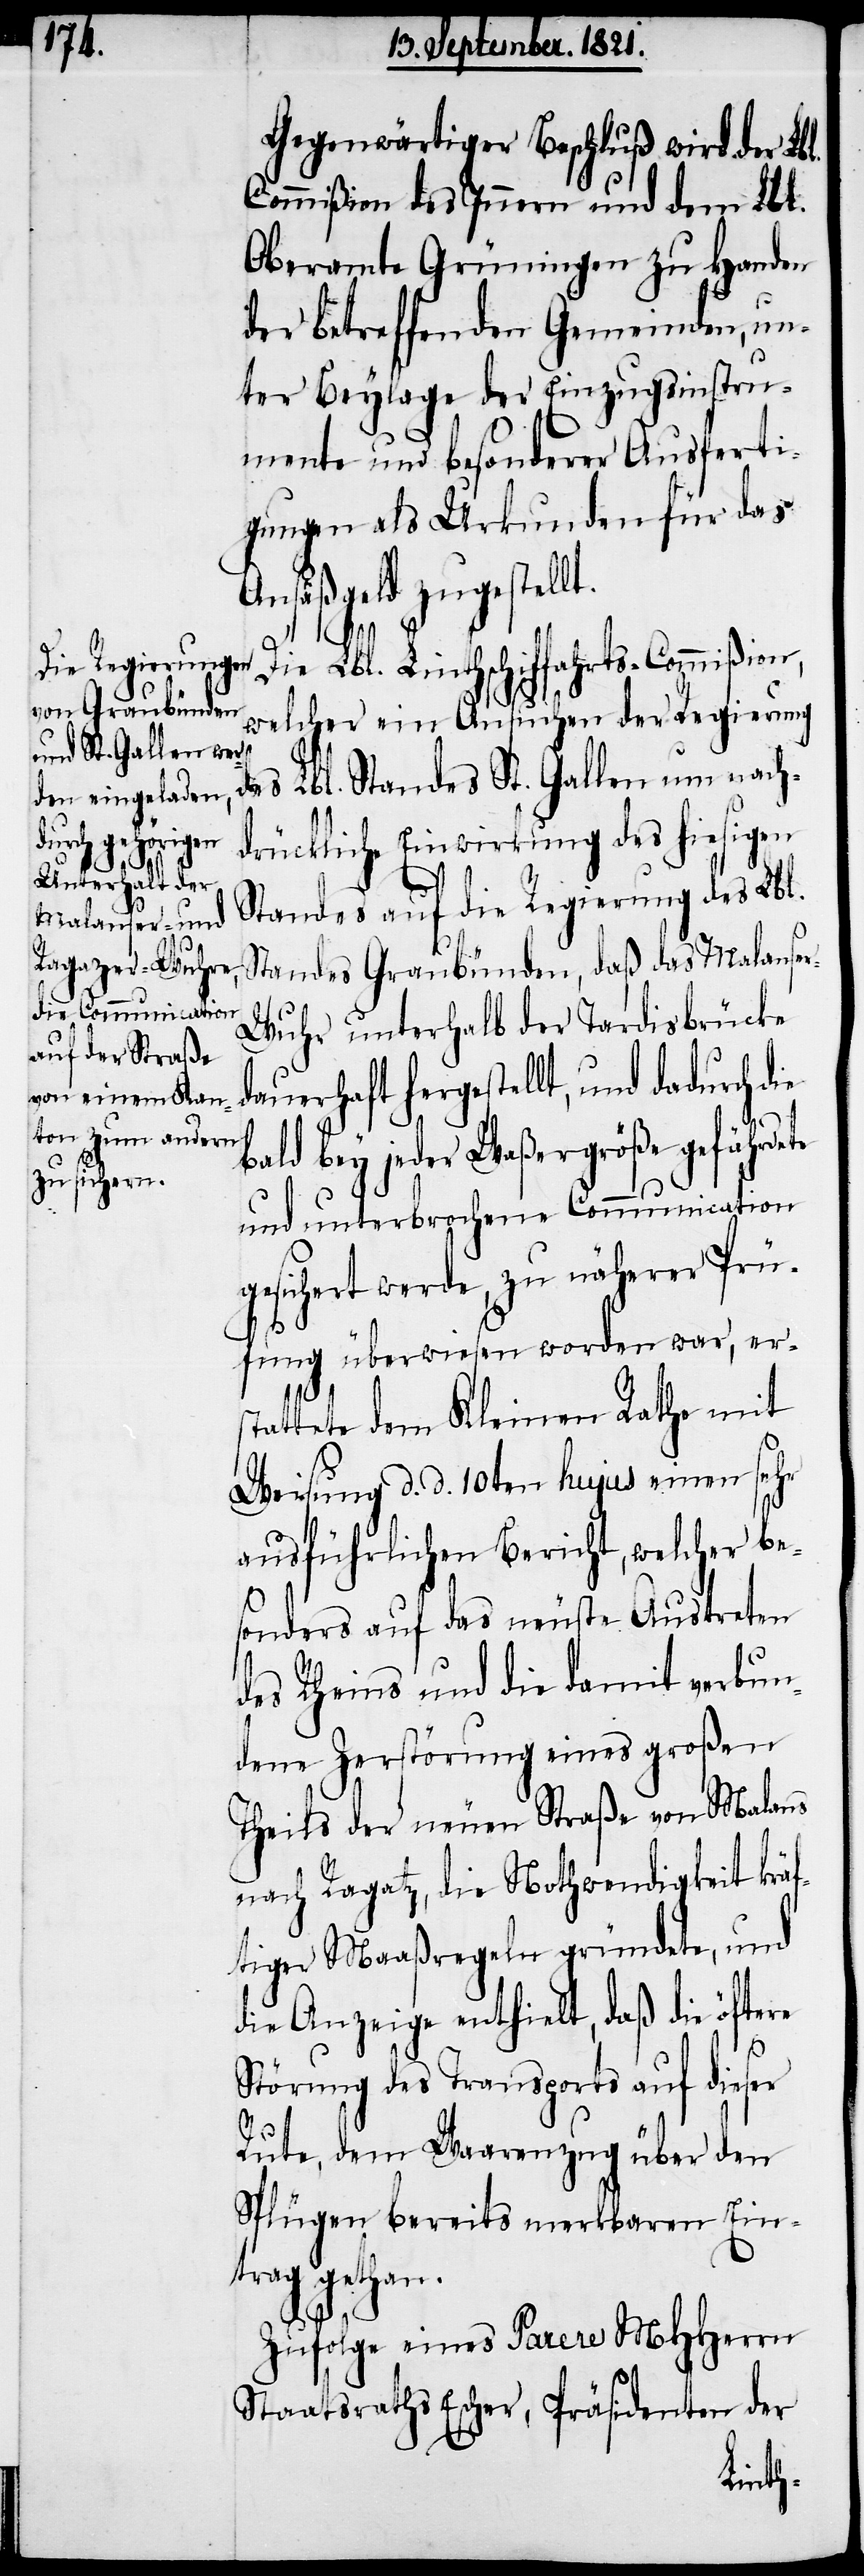
Gegenwärtiger Beschluß wird der Lbl.
Commißion des Innern und dem Lbl.
Oberamte Grüningen zu Handen
der betreffenden Gemeinden, un¬
ter Beylage der Einzugsinstru¬
mente und besonderer Ausferti¬
gungen als Urkunden für das
Ansäßgeld zugestellt.
Die Lbl. Linthschiffahrts-Commißion,
welcher ein Ansuchen der Regierung
s Lbl. Standes St. Gallen um nach¬
drückliche Einwirkung des hiesigen
Standes auf die Regierung des Lbl.
Standes Graubünden, daß das Malanse¬
r-Wuhr unterhalb der Tardisbrücke
dauerhaft hergestellt, und dadurch die
bald bey jeder Waßergröße gefähr¬
und unterbrochene Communication
gesichert werde, zu näherer Prü¬
fung überwiesen worden war, ers¬
tattete dem Kleinen Rathe mit
Weisung d. d. 10ten hujus einen sehr
ausführlichen Bericht, welcher be¬
sonders auf das neuste Austreten
des Rheins und die damit verbun¬
dene Zerstörung eines großen
Theils der neuen Straße von Malans
nach Ragaz, die Nothwendigkeit kräf¬
tiger Maaßregeln gründete, und
die Anzeige enthielt, daß die öftere
Störung des Transports auf dieser
Rute, dem Waarenzug über den
Splügen bereits merkbaren Ein¬
trag gethan.
Zufolge eines Parere MHHerrn
Staatsraths Escher, Präsidenten der
dete